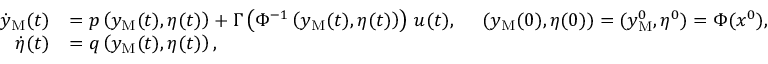
\begin{array} { r l } { \dot { y } _ { \mathrm { M } } ( t ) } & { = p \left( y _ { \mathrm { M } } ( t ) , \eta ( t ) \right) + \Gamma \left( \Phi ^ { - 1 } \left( y _ { \mathrm { M } } ( t ) , \eta ( t ) \right) \right) \, u ( t ) , \quad \ ( y _ { \mathrm { M } } ( 0 ) , \eta ( 0 ) ) = ( y _ { \mathrm { M } } ^ { 0 } , \eta ^ { 0 } ) = \Phi ( x ^ { 0 } ) , } \\ { \dot { \eta } ( t ) } & { = q \left( y _ { \mathrm { M } } ( t ) , \eta ( t ) \right) , } \end{array}